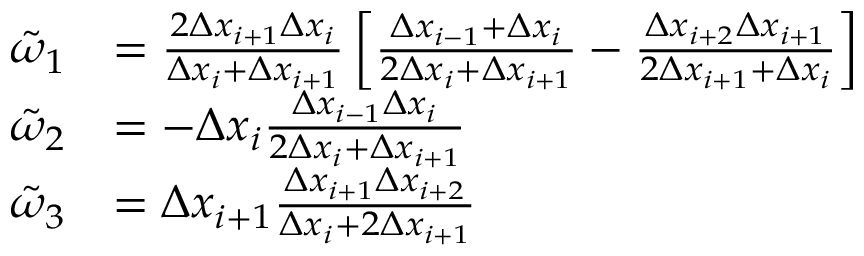
\begin{array} { r l } { \tilde { \omega } _ { 1 } } & { = \frac { 2 \Delta x _ { i + 1 } \Delta x _ { i } } { \Delta x _ { i } + \Delta x _ { i + 1 } } \left[ \frac { \Delta x _ { i - 1 } + \Delta x _ { i } } { 2 \Delta x _ { i } + \Delta x _ { i + 1 } } - \frac { \Delta x _ { i + 2 } \Delta x _ { i + 1 } } { 2 \Delta x _ { i + 1 } + \Delta x _ { i } } \right] } \\ { \tilde { \omega } _ { 2 } } & { = - \Delta x _ { i } \frac { \Delta x _ { i - 1 } \Delta x _ { i } } { 2 \Delta x _ { i } + \Delta x _ { i + 1 } } } \\ { \tilde { \omega } _ { 3 } } & { = \Delta x _ { i + 1 } \frac { \Delta x _ { i + 1 } \Delta x _ { i + 2 } } { \Delta x _ { i } + 2 \Delta x _ { i + 1 } } } \end{array}